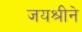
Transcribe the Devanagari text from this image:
जयश्रीने